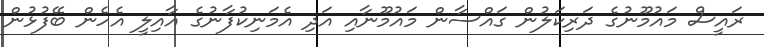
ރައީސް މައުމޫނުގެ ދަރިކަލުން ގައްސާން މައުމޫނާއި އަދި އެމަނިކުފާނުގެ އާއިލީ އެހެން ބޭފުޅުން